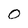
Character: 0